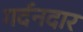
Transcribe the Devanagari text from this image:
गर्दनदार